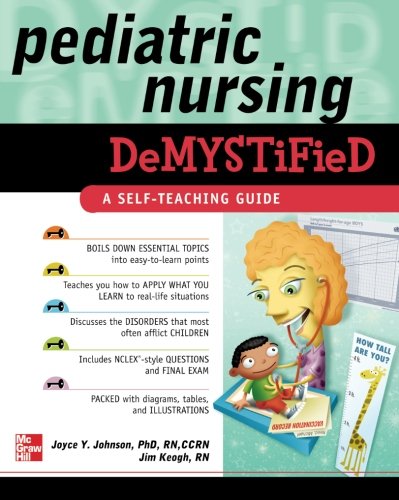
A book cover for Pediatric Nursing Demystified; Joyce Johnson; Medical Books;